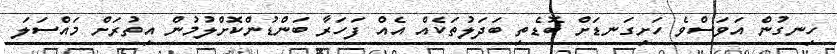
ހިނގުން އަވަސްވެ ހަށިގަނޑަށް ބޮޑެތި ބަދަލުތަކެއް އެއް ފަހަރާ ބަންޑުންކޮށްލުމުން އިތުރަށް މައްސަލަ